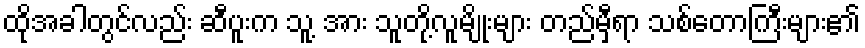
ထိုအခါတွင်လည်း ဆီပူးက သူ့ အား သူတို့လူမျိုးများ တည်မှီရာ သစ်တောကြီးများ၏